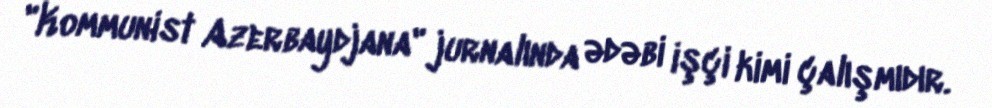
"Kommunist Azerbaydjana" jurnalında ədəbi işçi kimi çalışmıdır.